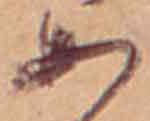
あ